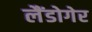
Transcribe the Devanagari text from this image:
लैंडोगेर